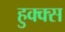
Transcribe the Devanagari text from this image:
हुक्क्स